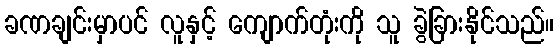
ခဏချင်းမှာပင် လူနှင့် ကျောက်တုံးကို သူ ခွဲခြားနိုင်သည်။